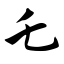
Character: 乇